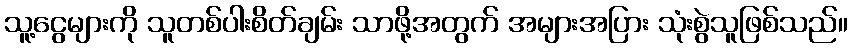
သူ့ငွေများကို သူတစ်ပါးစိတ်ချမ်း သာဖို့အတွက် အများအပြား သုံးစွဲသူဖြစ်သည်။